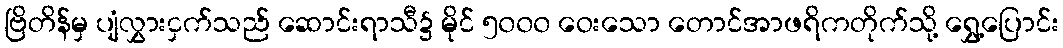
ဗြိတိန်မှ ပျံလွှားငှက်သည် ဆောင်းရာသီ၌ မိုင် ၅၀၀၀ ဝေးသော တောင်အာဖရိကတိုက်သို့ ရွှေ့ပြောင်း